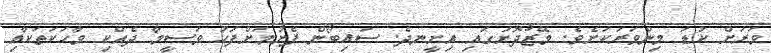
ވަރަށް ކުޑަ މިންވަރަކަށެވެ. މޭޒުދޮށުގައި އިށީނދެ